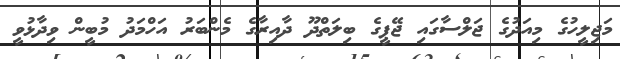
މަޖިލީހުގެ މިއަދުގެ ޖަލްސާގައި ޖޭޕީގެ ބިލަތްދޫ ދާއިރާގެ މެންބަރު އަހްމަދު މުބީން ވިދާޅުވީ